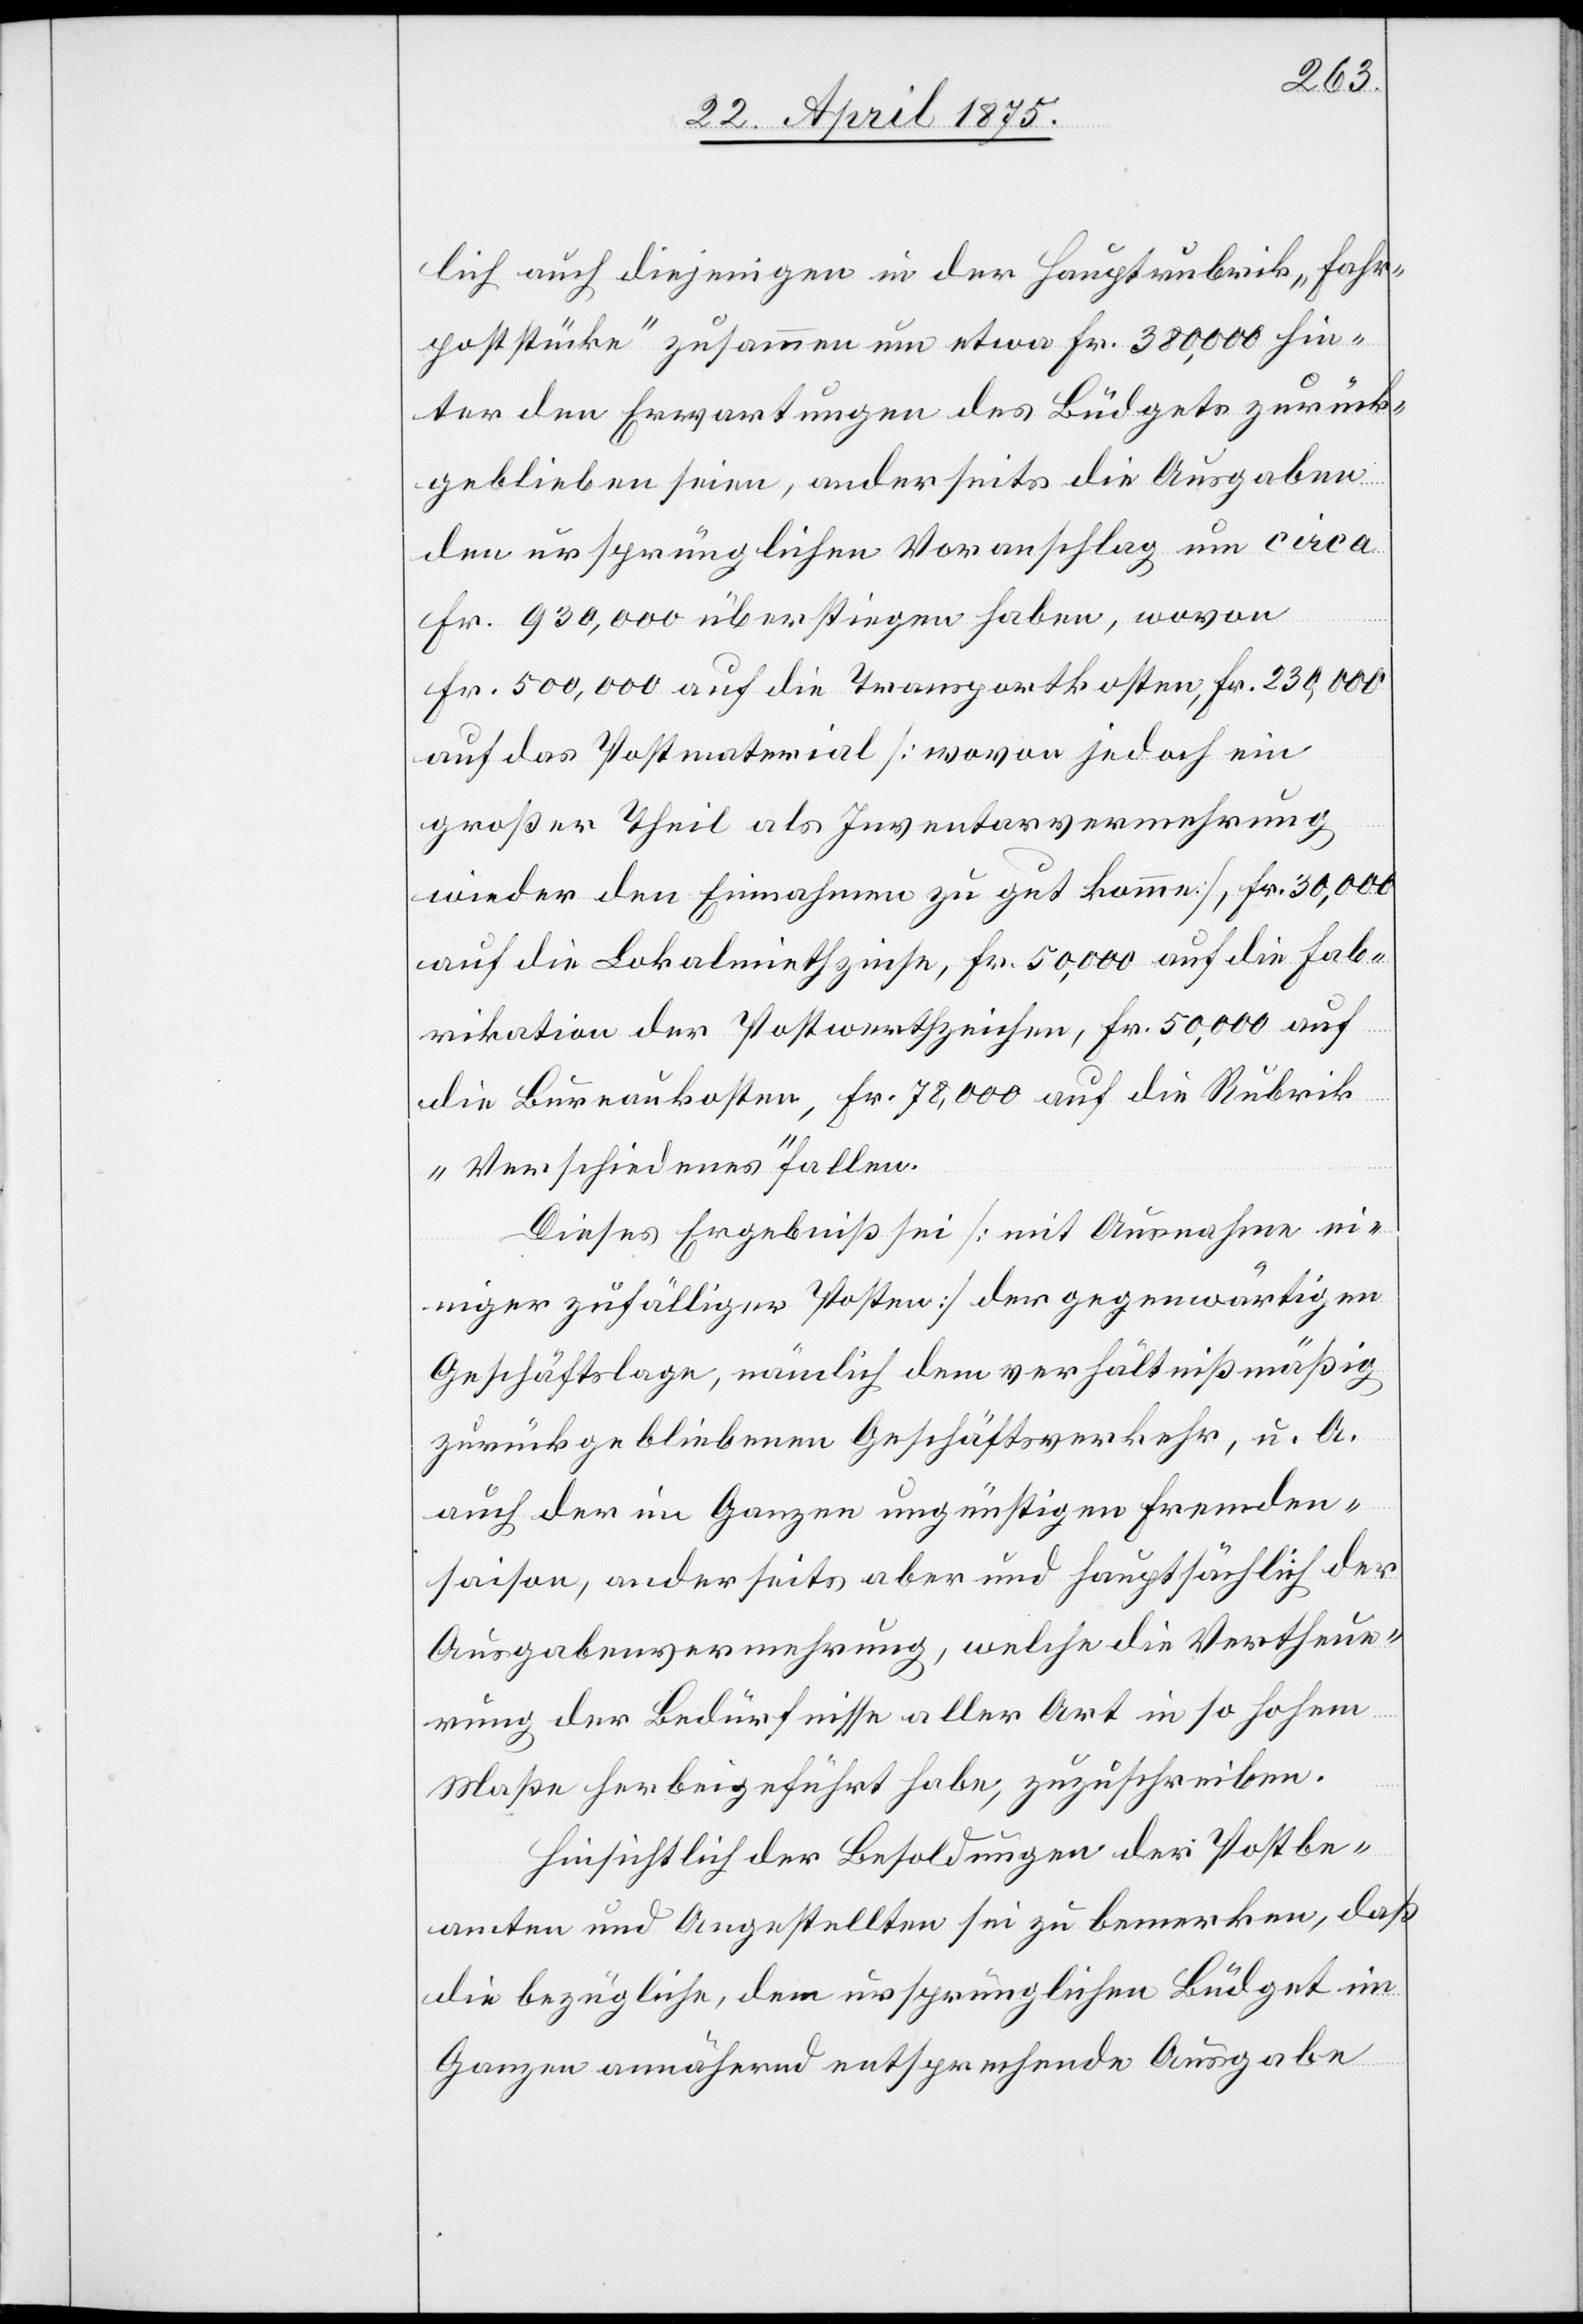
lich auch diejenigen in der Hauptrubrik „Fahr¬
poststücke“ zusammen um etwa Fr. 3800,000 hin¬
ter den Erwartungen des Büdgets zurück¬
geblieben seien, andererseits die Ausgaben
den ursprünglichen Voranschlag um circa
Fr. 930,000 überstiegen haben, wovon
Fr. 500,000 auf die Transportkosten, Fr. 230,000
auf das Postmaterial [wovon jedoch ein
die
großer Theil als Inventarvermehrung
wieder den Einnahmen zu gut komme], Fr. 30,000
auf die lokalmietzinsen, Fr. 50,000 auf die Bure¬
„Verschiedenes“ fallen.
Dieses Ergebniß sei [mit Ausnahme e¬
iniger zufälliger Posten] der gegenwärtigen
Geschäftslage, nämlich dem verhältnißmäßig
zurückgebliebenen Geschäftsverkehr, u. A.
auch der im Ganzen ungünstigen Fremden¬
saison, anderseits aber und hauptsächlich der
Ausgabevermehrung, welche die Vertheue¬
rung der Bedürfnisse aller Art in so hohem
Maße herbeigeführt habe, zuzuschreiben.
Hinsichtlich der Besoldungen der Postbe¬
amten und Angestellten sei zu bemerken, daß
die bezügliche, dem ursprünglichen Büdget im
Ganzen annähernd entsprechende Ausgabe